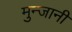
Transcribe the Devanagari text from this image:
मुन्जानी